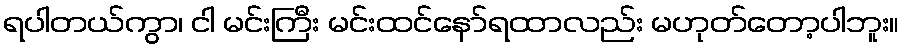
ရပါတယ်ကွာ၊ ငါ မင်းကြီး မင်းထင်နော်ရထာလည်း မဟုတ်တော့ပါဘူး။